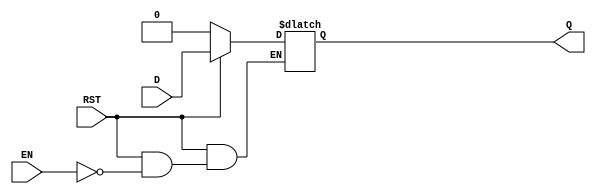
`timescale 1ns / 1ps
//////////////////////////////////////////////////////////////////////////////////
 
// Module Name: D_LATCH

//////////////////////////////////////////////////////////////////////////////////


module DLATCH(
    input D,
    input EN,
    input RST,
    output reg Q
    );
    
always @ (EN or RST or D)
    if (!RST)
        Q = 1'b0;
    else
        if (EN)
            Q = D ;
endmodule